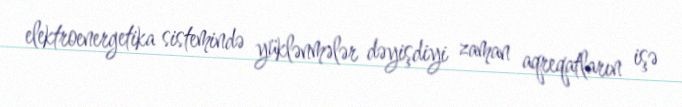
elektroenergetika sistemində yüklənmələr dəyişdiyi zaman aqreqatların işə